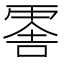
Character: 𠺞